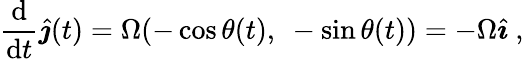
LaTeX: {\frac{\mathrm{d}}{\mathrm{d}t}}{\hat{\boldsymbol{\jmath}}}(t)=\Omega(-\cos\theta(t),\ -\sin\theta(t))=-\Omega{\hat{\boldsymbol{\imath}}}\ ,